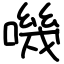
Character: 嘰